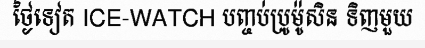
ថ្ងៃទៀត ICE-WATCH បញ្ចប់ប្រូម៉ូសិន ទិញមួយ